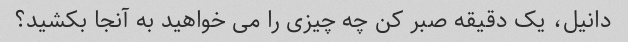
دانیل، یک دقیقه صبر کن چه چیزی را می خواهید به آنجا بکشید؟